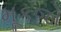
મૂકજો